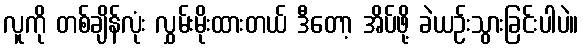
လူကို တစ်ချိန်လုံး လွှမ်းမိုးထားတယ် ဒီတော့ အိပ်ဖို့ ခဲယဉ်းသွားခြင်းပါပဲ။